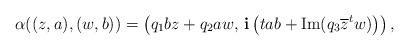
LaTeX: \begin{align*}\alpha((z,a),(w,b))=\left( q_{1}bz+q_{2}aw,\, \mathbf{i} \left(tab+\mathrm{Im}(q_{3}\overline{z}^tw)\right)\right),\end{align*}